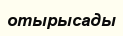
отырысады